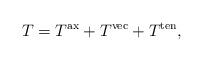
LaTeX: \begin{align*}T=T^\mathrm{ax}+T^\mathrm{vec}+T^\mathrm{ten},\end{align*}